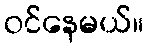
ဝင်နေမယ်။